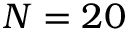
N = 2 0